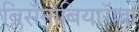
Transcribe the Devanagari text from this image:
ब्लिसॅनोबियारॅल्ला